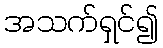
အသက်ရှင်၍